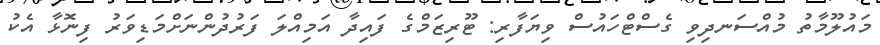
މައުލޫމާތު މުއްސަނދިވި ގެސްޓްހައުސް ވިޔަފާރި: ޓޫރިޒަމްގެ ފައިދާ އަމިއްލަ ފަރުދުންނަށްމަޑިވަރު ފިނޮޅާ އެކު